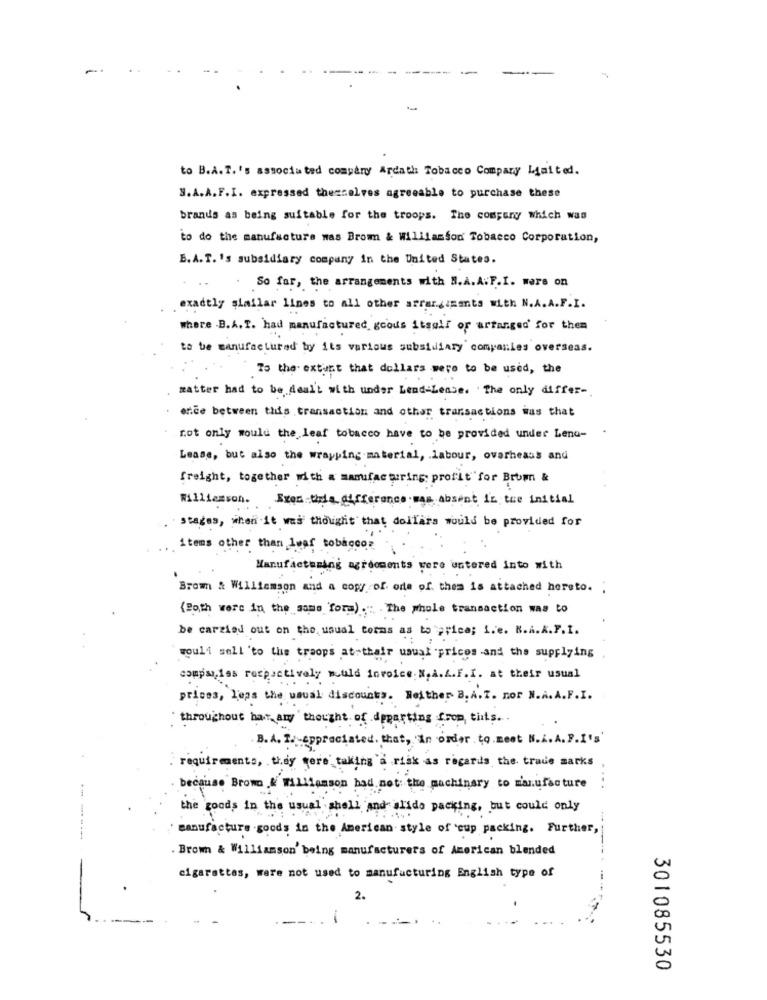
to B.A. T.'s associated company Ardath Tobacco Company Limited.
S.A.A.F.I. expressed themselves agreeable to purchase these
brands as being suitable for the troops. The company which was
to do the manufacture was Brom & Williamson Tobacco Corporation,
B. A.T.'s subsidiary company in the United States.
.So far, the arrangements with B.A. A.F.I. were on
exactly giailar lines to all other arrarguments with N.A. A.F.I.
where B.A. r. had manufactured goods itsall of arranged for them
to be manufactured by its various subsidiary companies overseas.
To the extent that dollars were to be used, the
matter had to be dealt with under Lend-Lease. The only differ-
erice between this transaction and other transactions was that
not only would the leaf tobacco have to be provided under Lenu-
Lease, but also the wrapping.material, . labour, ovarheaus and
freight, together with a manufacturing profit"for Brom &
Williamson. Eres thela difference was absent in the initial
stages, when it was thought that dollars would be provided for
items other than 1waf tobaccor
Manufacturing agreements were entered into with
Brow & Williamson and a copy of. orte of them is attached hereto. ;
(Path were in the some form)." The whole transaction was to
be carried out on the usual forms as to price; I.e. M.i . A.F.I.
would sell to the troops at their usual prices and the supplying
companies respectively muld invoice. N.A.L.F.I. at their usual
prices, Less the usual discounty. Neither B. A.T. nor N.A.A.F.I.
throughout har any thought of departing from, tilts ..
B.A. I. Appreciated. that, in order to mest M.i. A. P. I's'
requirements, they were taking a risk as regards the trade marks
because Brono & Williamson had not: the machinary to manufacture
....
the goods in the usual shell and slide packing, but could only
manufacture .good; in the American style of 'cup packing. Further,
------
. Brown & Williamson' being manufacturers of American blended
-
cigarettes, were not used to manufacturing English type of
2.
301085530